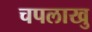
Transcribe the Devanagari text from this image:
चपलाखु